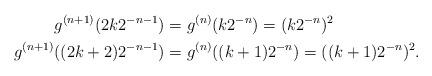
LaTeX: \begin{align*} g^{(n+1)}(2k2^{-n-1}) &= g^{(n)}(k2^{-n}) = (k2^{-n})^2 \\ g^{(n+1)}((2k+2)2^{-n-1}) &= g^{(n)}((k+1)2^{-n}) = ((k+1)2^{-n})^2.\end{align*}